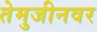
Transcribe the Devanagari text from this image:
तेमुजीनवर